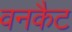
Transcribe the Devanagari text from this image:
वनकैट